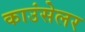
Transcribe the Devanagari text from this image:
काउंसेलर